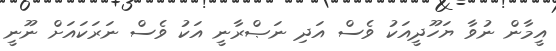
އީމާން ނުވާ ޔަހޫދީއަކު ވެސް އަދި ނަޞްރާނީ އަކު ވެސް ނަރަކައަށް ނޫނީ